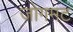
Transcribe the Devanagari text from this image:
जोगमट